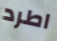
اطرد